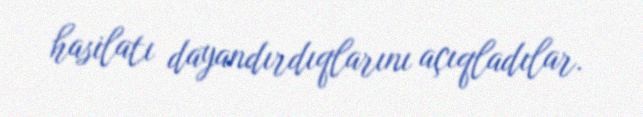
hasilatı dayandırdıqlarını açıqladılar.